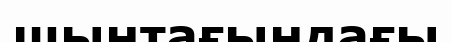
шынтағындағы